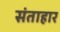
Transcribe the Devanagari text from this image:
संताहार